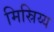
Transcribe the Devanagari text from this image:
मिस्रिय्य